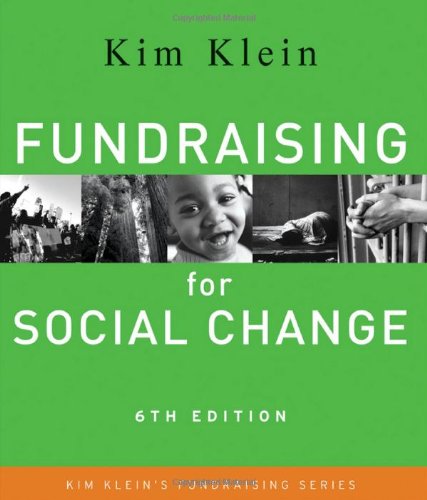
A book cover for Fundraising for Social Change; Kim Klein; Politics & Social Sciences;